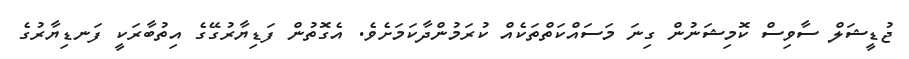
ޖުޑީޝަލް ސާވިސް ކޮމިޝަނުން ގިނަ މަސައްކަތްތަކެއް ކުރަމުންދާކަމަށެވެ. އެގޮތުން ފަޑިޔާރުގޭގެ އިތުބާރަކީ ފަނޑިޔާރުގެ